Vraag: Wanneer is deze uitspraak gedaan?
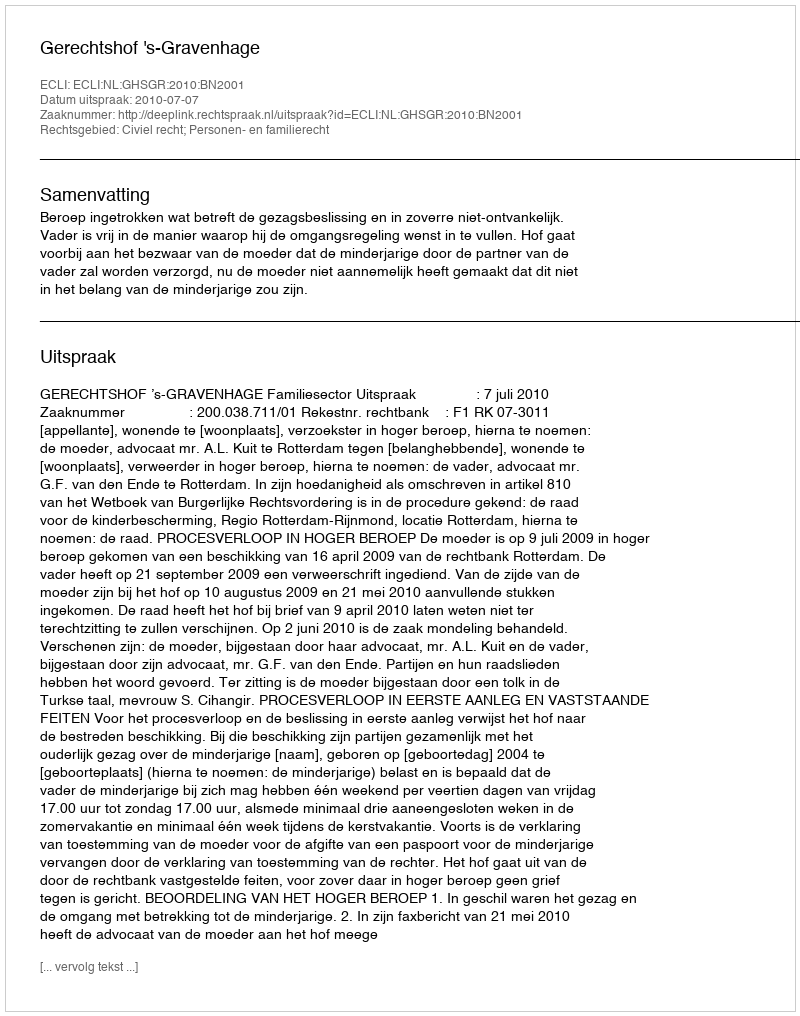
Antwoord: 2010-07-07